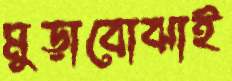
মুড়াবোঝাই